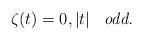
LaTeX: \begin{align*}\zeta(t)=0,|t|\;\;\;\mbox{\em odd.}\end{align*}